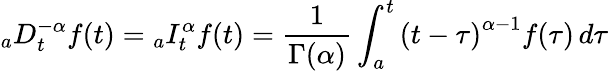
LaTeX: _{a}D_{t}^{-\alpha}f(t)={}_{a}I_{t}^{\alpha}f(t)={\frac{1}{\Gamma(\alpha)}}\int_{a}^{t}\left(t-\tau\right)^{\alpha-1}f(\tau)\, d\tau